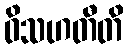
ဝိသဟတီတိ